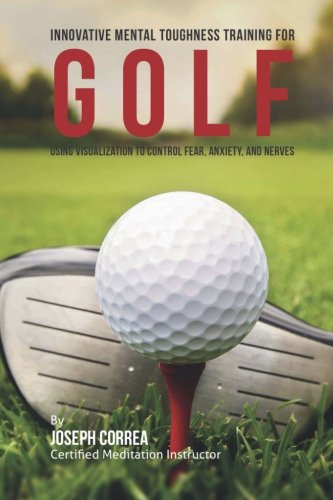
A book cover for Innovative Mental Toughness Training for Golf: Using Visualization to Control Fear, Anxiety, and Nerves; Joseph Correa (Certified Meditation Instructor); Sports & Outdoors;